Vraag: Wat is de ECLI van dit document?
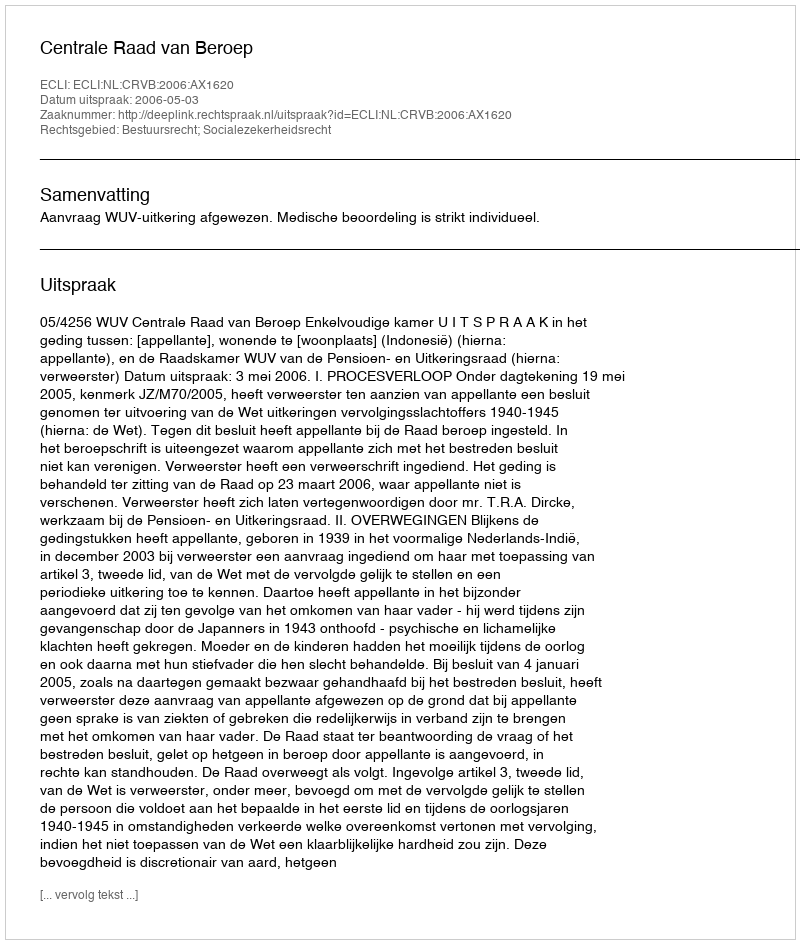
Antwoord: ECLI:NL:CRVB:2006:AX1620